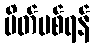
ပိတ်ပစ်ရန်